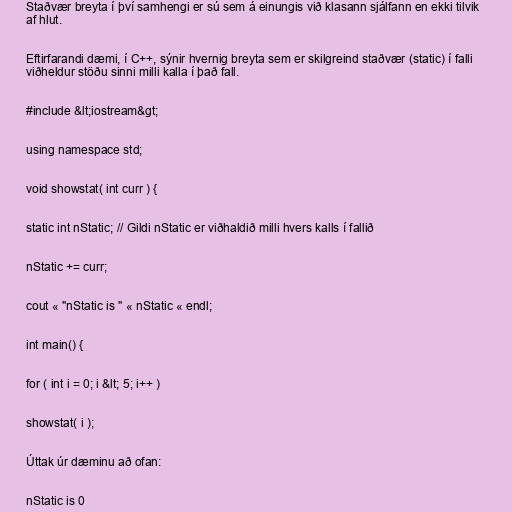
Staðvær breyta í því samhengi er sú sem á einungis við klasann sjálfann en ekki tilvik
af hlut.

Eftirfarandi dæmi, í C++, sýnir hvernig breyta sem er skilgreind staðvær (static) í falli
viðheldur stöðu sinni milli kalla í það fall.

#include &lt;iostream&gt;

using namespace std;

void showstat( int curr ) {

static int nStatic; // Gildi nStatic er viðhaldið milli hvers kalls í fallið

nStatic += curr;

cout « "nStatic is " « nStatic « endl;

int main() {

for ( int i = 0; i &lt; 5; i++ )

showstat( i );

Úttak úr dæminu að ofan:

nStatic is 0